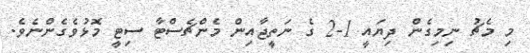
މި މެޗު ނިމިގެން ދިޔައީ 1-2 ގެ ނަތީޖާއިން މެންޗެސްޓާ ސިޓީ މޮޅުވެގެންނެވެ.